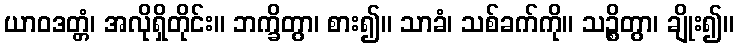
ယာဝဒတ္တံ၊ အလိုရှိတိုင်း။ ဘက္ခိတွာ၊ စား၍။ သာခံ၊ သစ်ခက်ကို။ သဉ္စိတွာ၊ ချိုး၍။